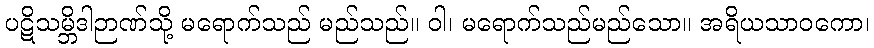
ပဋိသမ္ဘိဒါဉာဏ်သို့ မရောက်သည် မည်သည်။ ဝါ၊ မရောက်သည်မည်သော။ အရိယသာဝကော၊